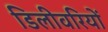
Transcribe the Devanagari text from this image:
डिलीवरियों